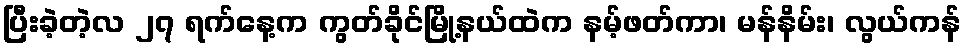
ပြီးခဲ့တဲ့လ ၂၇ ရက်နေ့က ကွတ်ခိုင်မြို့နယ်ထဲက နမ့်ဖတ်ကာ၊ မန်နိမ်း၊ လွယ်ကန်